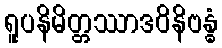
ရူပနိမိတ္တဿာဒဝိနိဗန္ဓံ